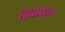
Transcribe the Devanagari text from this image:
सिंकेविच